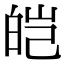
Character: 皑